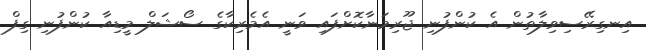
އިނގިރޭސިވިލާތުން އެ ކުންފުނި ޖޫރިމަނާކޮށްފައި ވަނީ އެމެރިކާގެ ސޯޝަލް މީޑިއާ ކުންފުނި ގިފް